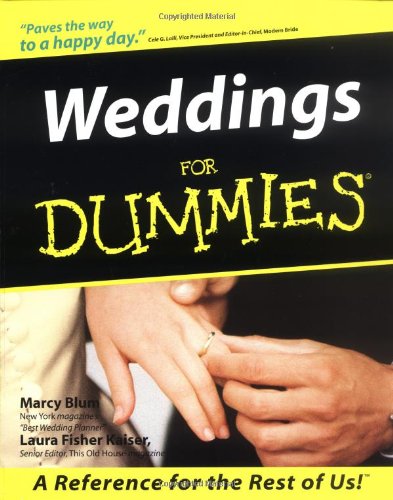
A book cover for Weddings For Dummies (For Dummies (Lifestyles Paperback)); Marcy Blum; Crafts, Hobbies & Home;